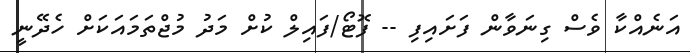
އަނެއްކާ ވެސް ގިނަވާން ފަށައިފި -- ފޮޓޯ/ފައިލް ކުށް މަދު މުޖްތަމައަކަށް ހެދޭނީ